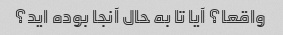
واقعا؟ آیا تا به حال آنجا بوده اید؟